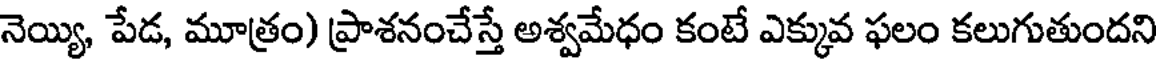
నెయ్యి, పేడ, మూత్రం) ప్రాశనంచేస్తే అశ్వమేధం కంటే ఎక్కువ ఫలం కలుగుతుందని